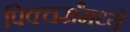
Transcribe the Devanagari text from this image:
पिक्चर्संमध्ये